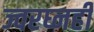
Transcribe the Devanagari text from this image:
ज्वरघ्नही